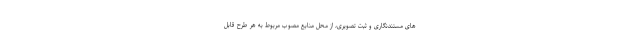
های مستندنگاری و ثبت تصویری، از محل منابع مصوب مربوط به هر طرح قابل